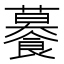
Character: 𧃊